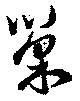
巣